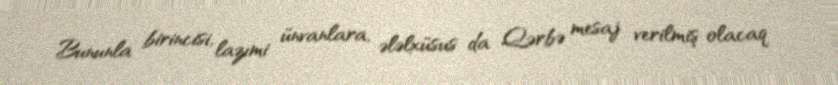
Bununla birincisi, lazımi ünvanlara, ələlxüsus da Qərbə mesaj verilmiş olacaq